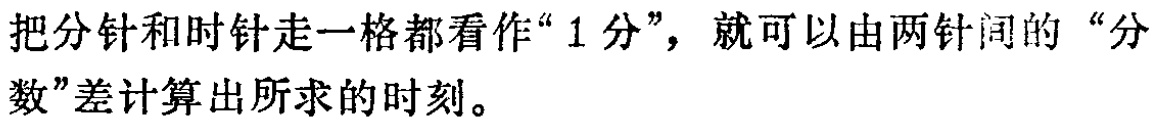
把分针和时针走一格都看作“$1$分”，就可以由两针间的“分数”差计算出所求的时刻。